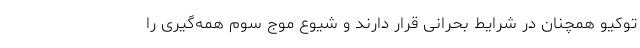
توکیو همچنان در شرایط بحرانی قرار دارند و شیوع موج سوم همه‌گیری را